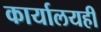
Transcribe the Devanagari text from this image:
कार्यालयही